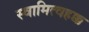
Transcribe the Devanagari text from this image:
स्वामित्वहक्क